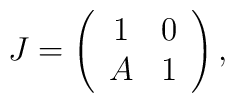
J=\left(    \begin{array}{cc}      1 & 0\\      A & 1    \end{array}  \right),